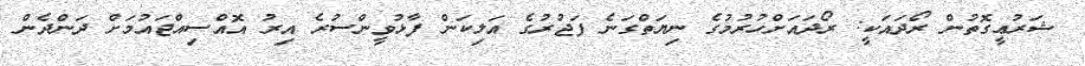
ޝަރުޢީގޮތުން ރޯދައަކީ: ރޯދައަށްހުރުމުގެ ނިޔަތްގަނެ ފަޖުރުގެ އަލިކަން ފާޅުވީންސުރެ އިރު އޮއްސިއްޖައުމަށް ދަންދެން